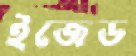
ইজেড